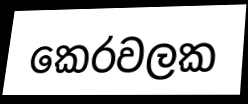
කෙරවලක